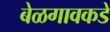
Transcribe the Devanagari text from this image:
बेळगावकडे